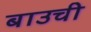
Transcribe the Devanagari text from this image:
बाउची